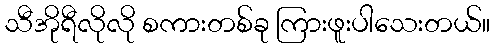
သီအိုရီလိုလို စကားတစ်ခု ကြားဖူးပါသေးတယ်။